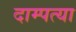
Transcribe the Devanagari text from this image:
दाम्पत्या